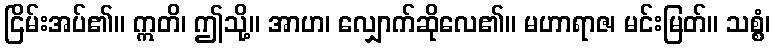
ငြိမ်းအပ်၏။ ဣတိ၊ ဤသို့။ အာဟ၊ လျှောက်ဆိုလေ၏။ မဟာရာဇ၊ မင်းမြတ်။ သစ္စံ၊